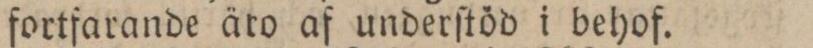
fortfarande äro af underſtöd i behof.